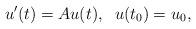
LaTeX: \begin{align*}u'(t) = A u(t), \; \; u(t_0) = u_0, \end{align*}